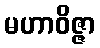
မဟာဝိဇ္ဇာ